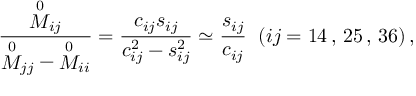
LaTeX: \frac { { \stackrel { 0 } { M } } _ { i j } } { { \stackrel { 0 } { M } } _ { j j } - { \stackrel { 0 } { M } } _ { i i } } = \frac { c _ { i j } s _ { i j } } { c _ { i j } ^ { 2 } - s _ { i j } ^ { 2 } } \simeq \frac { s _ { i j } } { c _ { i j } } \; \; ( i j = 1 4 \, , \, 2 5 \, , \, 3 6 ) \, ,